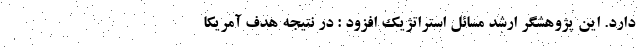
دارد. این پژوهشگر ارشد مسائل استراتژیک افزود : در نتیجه هدف آمریکا